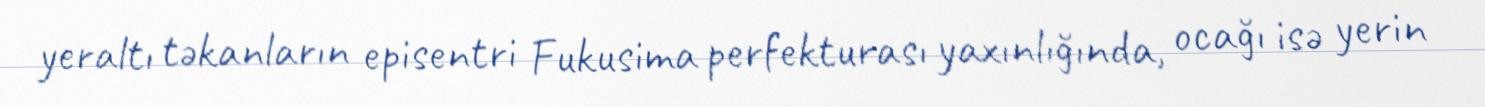
yeraltı təkanların episentri Fukusima perfekturası yaxınlığında, ocağı isə yerin